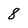
Character: 8